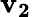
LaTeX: \mathbf{v_{2}}